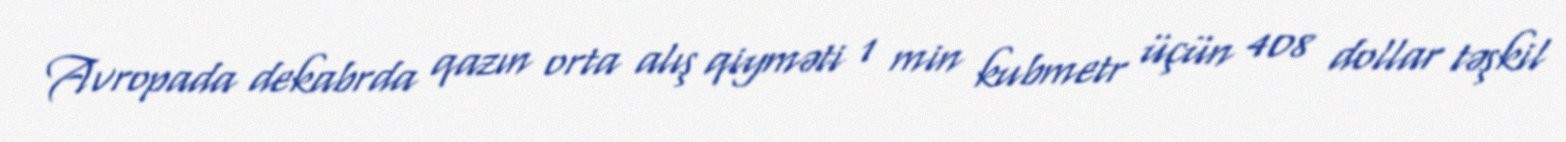
Avropada dekabrda qazın orta alış qiyməti 1 min kubmetr üçün 408 dollar təşkil